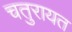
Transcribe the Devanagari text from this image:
चतुरायत